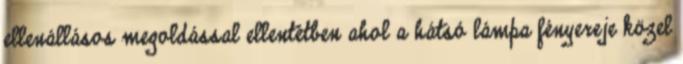
ellenállásos megoldással ellentétben ahol a hátsó lámpa fényereje közel